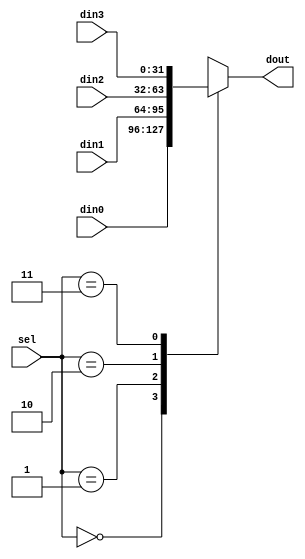
module mux4to1 (input [1:0] sel, 
                                  input [32-1:0] din0, din1, din2, din3,
                                  output reg [32-1:0] dout
    );
  
  //multiplexor
  always @*
    case (sel)
     2'd0 : dout = din0;
     2'd1 : dout = din1;
     2'd2 : dout = din2;
     2'd3 : dout = din3;
     default : dout = din0;
  endcase
  
  
  
endmodule